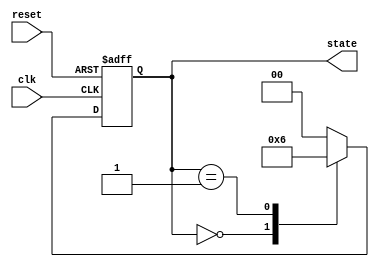
module timer_example (
    input wire clk,
    input wire reset,
    output reg [1:0] state
);

    // Define states
    localparam IDLE = 2'b00,
               STATE1 = 2'b01,
               STATE2 = 2'b10;

    initial begin
        state = IDLE; // Initialize state
    end

    always @(posedge clk or posedge reset) begin
        if (reset) begin
            state <= IDLE; // Reset to IDLE state
        end else begin
            // State transition based on timer
            case (state)
                IDLE: begin
                    state <= STATE1; // Transition to STATE1 after IDLE
                    #5; // Wait for 5 time units
                end
                
                STATE1: begin
                    state <= STATE2; // Transition to STATE2 after STATE1
                    #10; // Wait for 10 time units
                end
                
                STATE2: begin
                    state <= IDLE; // Transition back to IDLE after STATE2
                    #20; // Wait for 20 time units
                end
                
                default: state <= IDLE; // Default case to avoid latches
            endcase
        end
    end

endmodule